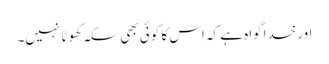
اور خداگواہ ہے کہ اس کا کوئی بھی سکہ کھوٹا نہیں۔